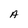
Character: A